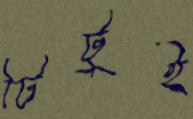
টিটুই